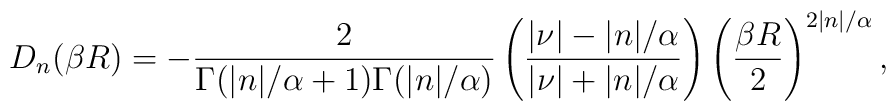
D_n(\beta R)=-\frac2{\Gamma(|n|/\alpha+1)\Gamma(|n|/\alpha)}\left(\frac{|\nu|-|n|/\alpha}{|\nu|+|n|/\alpha}\right)\left(\frac{\beta R}{2}\right)^{2|n|/\alpha},